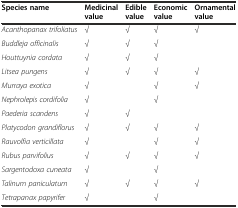
<table><thead><tr><td><b>Species name</b></td><td><b>Medicinal value</b></td><td><b>Edible value</b></td><td><b>Economic value</b></td><td><b>Ornamental value</b></td></tr></thead><tbody><tr><td><i>Acanthopanax trifoliatus</i></td><td>√</td><td>√</td><td>√</td><td>√</td></tr><tr><td><i>Buddleja officinalis</i></td><td>√</td><td>√</td><td>√</td><td></td></tr><tr><td><i>Houttuynia cordata</i></td><td>√</td><td>√</td><td>√</td><td></td></tr><tr><td><i>Litsea pungens</i></td><td>√</td><td>√</td><td>√</td><td>√</td></tr><tr><td><i>Murraya exotica</i></td><td>√</td><td></td><td>√</td><td>√</td></tr><tr><td><i>Nephrolepis cordifolia</i></td><td>√</td><td></td><td>√</td><td></td></tr><tr><td><i>Paederia scandens</i></td><td>√</td><td>√</td><td></td><td></td></tr><tr><td><i>Platycodon grandiflorus</i></td><td>√</td><td>√</td><td>√</td><td>√</td></tr><tr><td><i>Rauvolfia verticillata</i></td><td>√</td><td></td><td>√</td><td>√</td></tr><tr><td><i>Rubus parvifolius</i></td><td>√</td><td>√</td><td>√</td><td>√</td></tr><tr><td><i>Sargentodoxa cuneata</i></td><td>√</td><td></td><td>√</td><td></td></tr><tr><td><i>Talinum paniculatum</i></td><td>√</td><td>√</td><td>√</td><td>√</td></tr><tr><td><i>Tetrapanax papyrifer</i></td><td>√</td><td></td><td>√</td><td></td></tr></tbody></table>